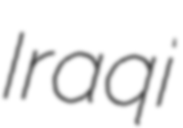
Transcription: Iraqi